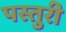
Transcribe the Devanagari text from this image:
पस्तुरी